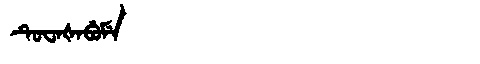
Manchu: ᡨᡠᠸᠠᡧᠠᠪᡠᠮᡝ
Romanization: TUWAŠABUME